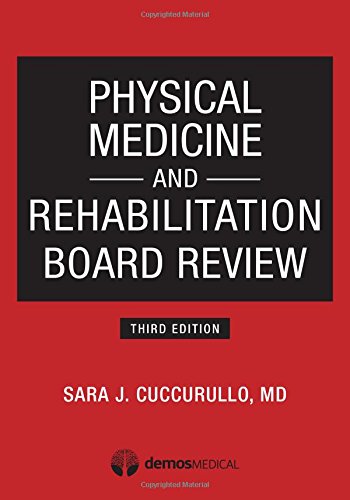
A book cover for Physical Medicine and Rehabilitation Board Review, Third Edition; Dr. Sara Cuccurullo MD; Health, Fitness & Dieting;